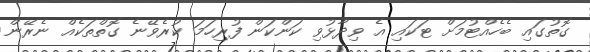
ގޮތުގައި ބެހެއްޓުމަށް ޓަކައި އެ ވިދާޅުވި ކަންކަން ފުރިހަމަ ކުރެވޭނެ ގޮތްތަކެއް ނެރޭން